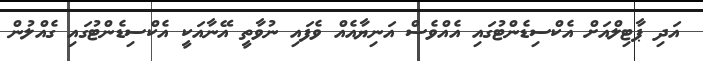
އަދި ޕާޓިލްއަށް އެކްސިޑެންޓުގައި އެއްވެސް އަނިޔާއެއް ވެފައި ނުވާތީ އޭނާއަކީ އެކްސިޑެންޓުގައި ގެއްލުން